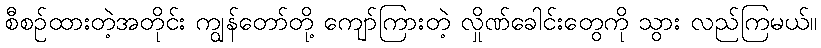
စီစဉ်ထားတဲ့အတိုင်း ကျွန်တော်တို့ ကျော်ကြားတဲ့ လှိုဏ်ခေါင်းတွေကို သွား လည်ကြမယ်။